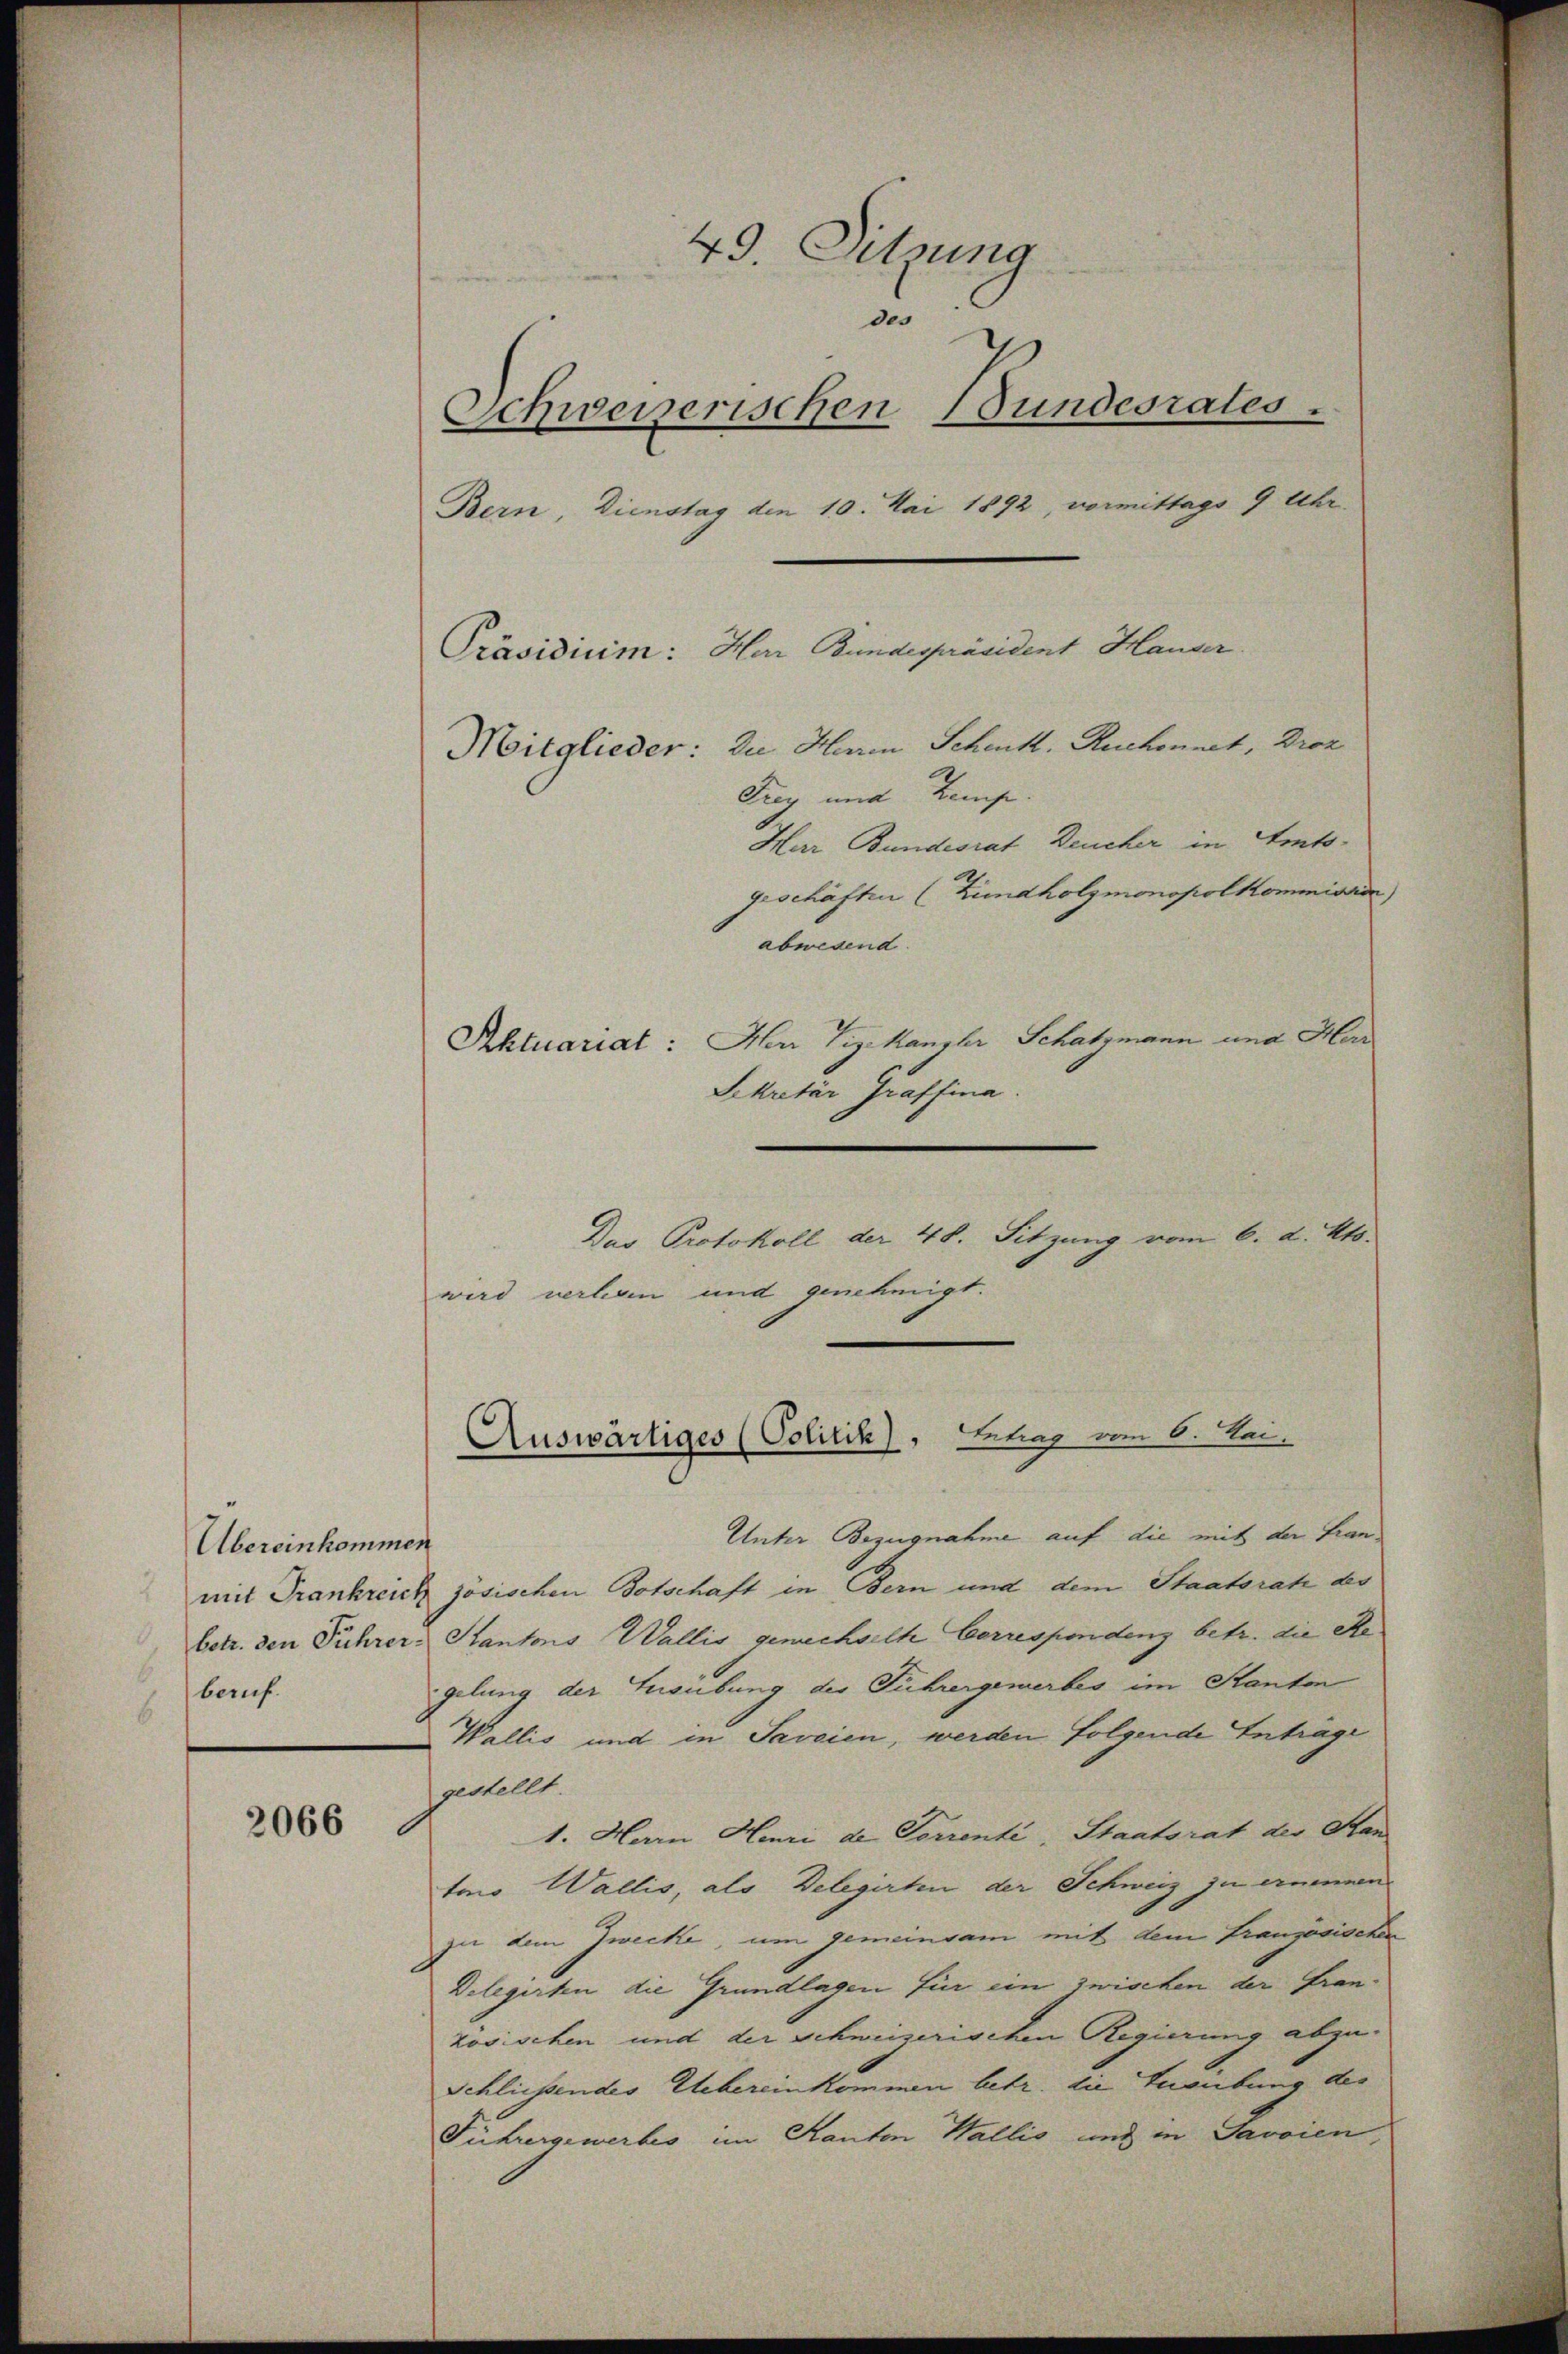
Übereinkommen
bauf.

2066

49. Sitzung
des
Schweiserischen Bundesrates .
Bern, Dienstag den 10. Mai 1892, vormittags 9 Uhr.
Präsidium: Har Bundespräsident Hauser.
Mitglieder: Die Haren Schenk. Ruchonnet, Droz
Frey und Komp
Har Bundesrat Deucher in Amtsgeschäften (Lundholzmonopolkommission
abwesend.
Aktuariat: Herr Vizekanzler Schatzmann und Herr
Sekretär Graffina

Dus Protokoll der 48. Sitzung vom 6. d. Mts.
wird verhein und genehmigt.

Unter Bezugnahme auf die mit der Fran
mit Frankreich zösischen Botschaft in Bern und dem Staatsrat der
betr. den Führer: Kantons Wallis, gewechselte Correspondenz betr. die Re
gelung der Herübung des Führergemerbes im Kanton
Wallis und in Saveien, werden folgende Anträge
gestellt.
1. Harn Henri de Vorrenti, Staatsrat der Stan
ten Wallis, als Delegirten der Schweiz zu ernennen.
zu dem Zwecke, um gemeinsam mit dem Französischen
Delegirten die Grundlagen für ein zwischen der Fran-
zosischen und der Schweizerischen Regierung abzu¬
Schliessendes Uebereinkommen betr. die Freibung des
Führergewerbes im Kanton Wallis und in Javaien,

Auswärtiges (Colitik), Betrag vom 6. Sei